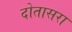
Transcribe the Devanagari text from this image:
दोतासरा